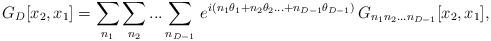
LaTeX: \begin{align*}G_D [x_2, x_1] = \sum_{n_1} \sum_{n_2}...\sum_{n_{D-1}} \,e^{i(n_1 \theta_1 + n_2\theta_2 ...+n_{D-1} \theta_{D-1})}\, G_{n_1 n_2...n_{D-1}} [x_2, x_1], \end{align*}